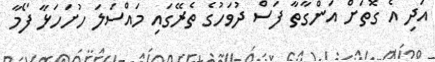
އަދި އެ ގޮތަށް އަންގާތާ ފަސް ދުވަހުގެ ތެރޭގައި މައްސަލަ ހުށަހަޅާ ފޯމާ